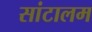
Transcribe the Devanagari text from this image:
सांटालम